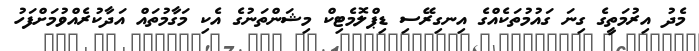
މެދު އިރުމަތީގެ ގިނަ ގައުމުތަކެއްގެ އިނގިރޭސި ޑިޕްލޮމެޓިކް މިޝަންތަނުގެ އެކި މަގާމުތައް އަދާކުރެއްވުމަށްފަހު